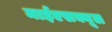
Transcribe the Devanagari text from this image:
माईएसक्यूल